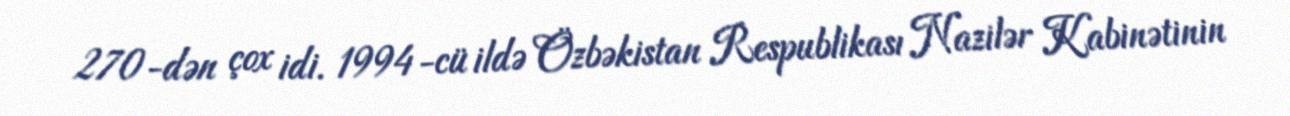
270-dən çox idi. 1994-cü ildə Özbəkistan Respublikası Nazilər Kabinətinin